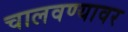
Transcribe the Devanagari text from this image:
चालवण्यावर